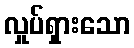
လှုပ်ရှားသော